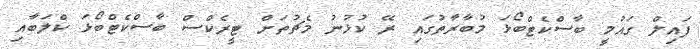
ފައިލް ގައުމީ ބާސްކެޓްބޯޅަ މުބާރާތުގައި ރޭ ކުޅުނު މެޗުތަށް ޓީރެކްސް ބާސްކެޓްބޯޅަ ކްލަބާއި